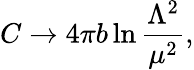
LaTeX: C\rightarrow 4\pi b\ln\frac{\Lambda^{2}}{\mu^{2}},